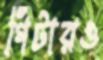
গিটারও